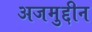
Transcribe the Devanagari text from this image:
अजमुद्दीन